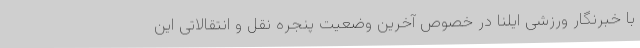
با خبرنگار ورزشی ایلنا در خصوص آخرین وضعیت پنجره نقل و انتقالاتی این